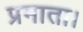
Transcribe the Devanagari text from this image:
प्रमाता।